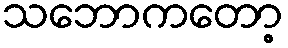
သဘောကတော့